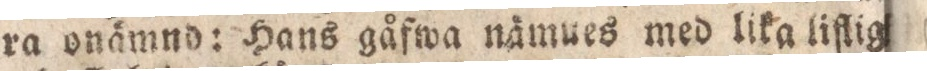
ra onämnd: Hans gåfwa nämues med lika liflig